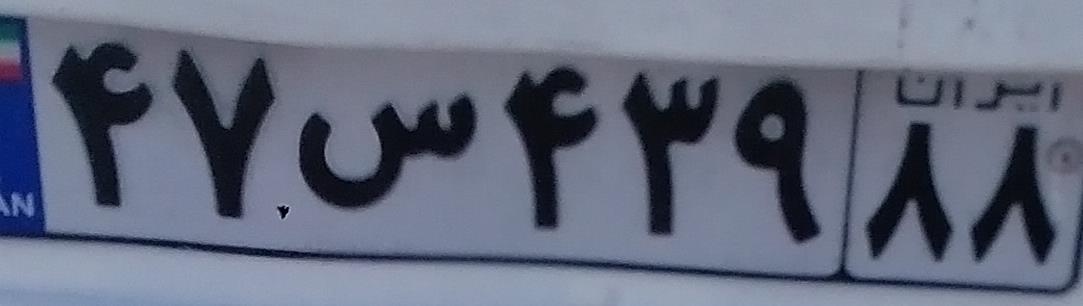
۴۷س۴۳۹۸۸